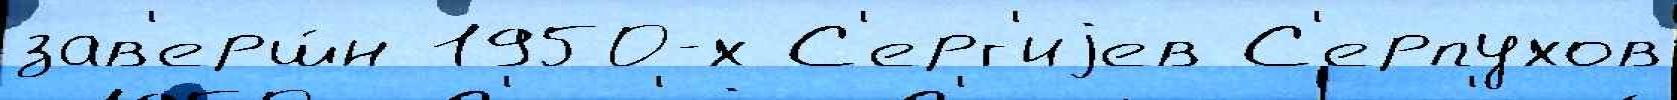
зав'ерш́н 1950-х С'ерг'иjев С'ерпухов